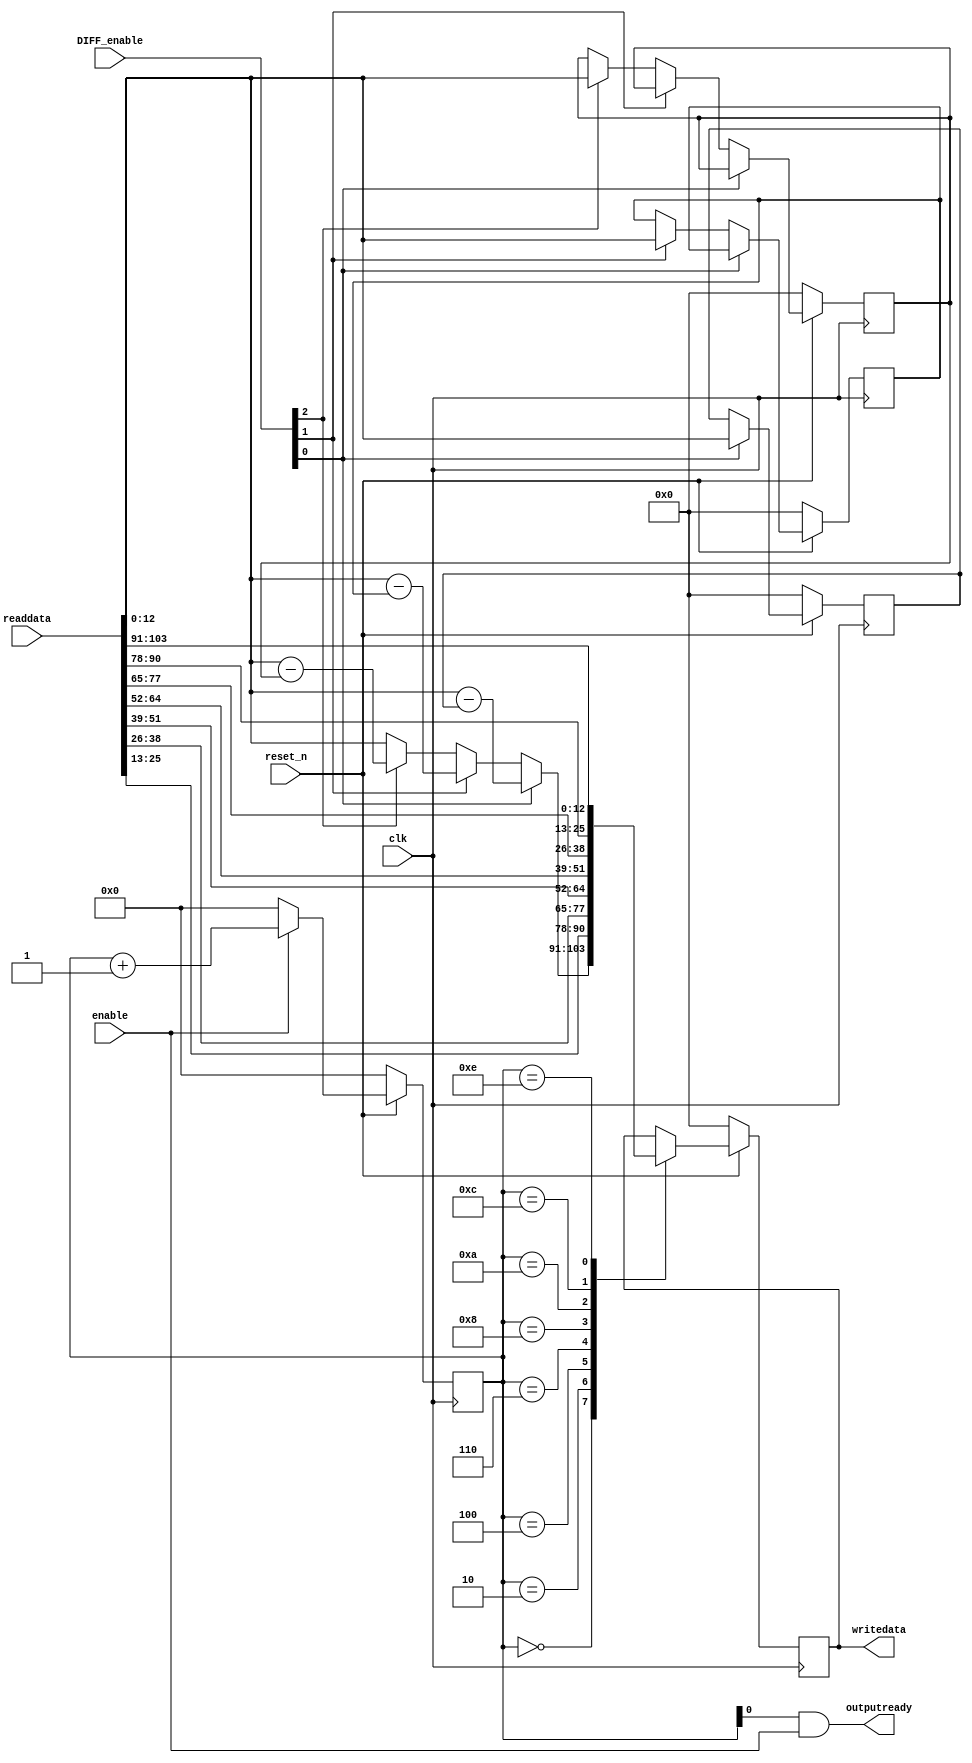
// *******************************************************************
// Chuyen tu song song sang noi tiep
// *******************************************************************
module ic_hc_parallel_to_serial (
					clk,
					reset_n,
					// Inputs
					enable,
      				DIFF_enable,
					readdata,
					// Outputs
					outputready,
					writedata					
				);
// ----------------------------------------------				
input			clk,
				reset_n,
				enable;
input 	[2:0]	DIFF_enable;
input	[103:0]	readdata;
output			outputready;
output	[12:0]	writedata;

// ----------------------------------------------
wire			outputready;

reg		[3:0]	state;
reg		[12:0]	previous_DCY,
				previous_DCCb,
				previous_DCCr,
				writedata;

// -----------------------------------------------
// outputready bat khi state la so le
assign outputready = state[0] && enable;

always @ (posedge clk)
begin
	if (~reset_n)
		writedata <= 13'h0;
	else 
	begin
		case (state)
			4'h0: writedata <= 	(DIFF_enable[0]) ? (readdata[12:0] - previous_DCY) : 
								(DIFF_enable[1]) ? (readdata[12:0] - previous_DCCb) : 
								(DIFF_enable[2]) ? (readdata[12:0] - previous_DCCr) : readdata[12:0];	
			4'h2: writedata <= readdata[25:13];			
			4'h4: writedata <= readdata[38:26];			
			4'h6: writedata <= readdata[51:39];
			4'h8: writedata <= readdata[64:52];
			4'ha: writedata <= readdata[77:65];
			4'hc: writedata <= readdata[90:78];
			4'he: writedata <= readdata[103:91];
			default: ;
		endcase
	end
end

// ---------------------------					
always @ (posedge clk)
  if (~reset_n)
  begin 
    previous_DCY <= 13'h0;
    previous_DCCb <= 13'h0;
    previous_DCCr <= 13'h0;
  end
  else if (DIFF_enable[0])
    previous_DCY <= readdata[12:0];
  else if (DIFF_enable[1])
    previous_DCCb <= readdata[12:0]; 
  else if (DIFF_enable[2])
    previous_DCCr <= readdata[12:0];
	
// ---------------------------
always @ (posedge clk)
begin
	if (~reset_n)
		state <= 4'h0;	
	else if (enable)
		state <= state + 1'b1;
	else
		state <= 4'h0;
end

endmodule